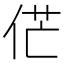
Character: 𠉋